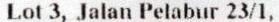
LOT 3, JALAN PELABUR 23/1,